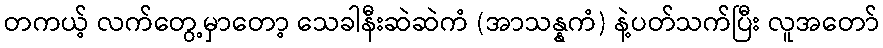
တကယ့် လက်တွေ့မှာတော့ သေခါနီးဆဲဆဲကံ (အာသန္နကံ) နဲ့ပတ်သက်ပြီး လူအတော်